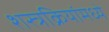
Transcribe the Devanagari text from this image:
शस्त्रक्रियांमध्ये